Annual administration report of the Civil Veterinary Department of India - 1898-1899
Year: 1898
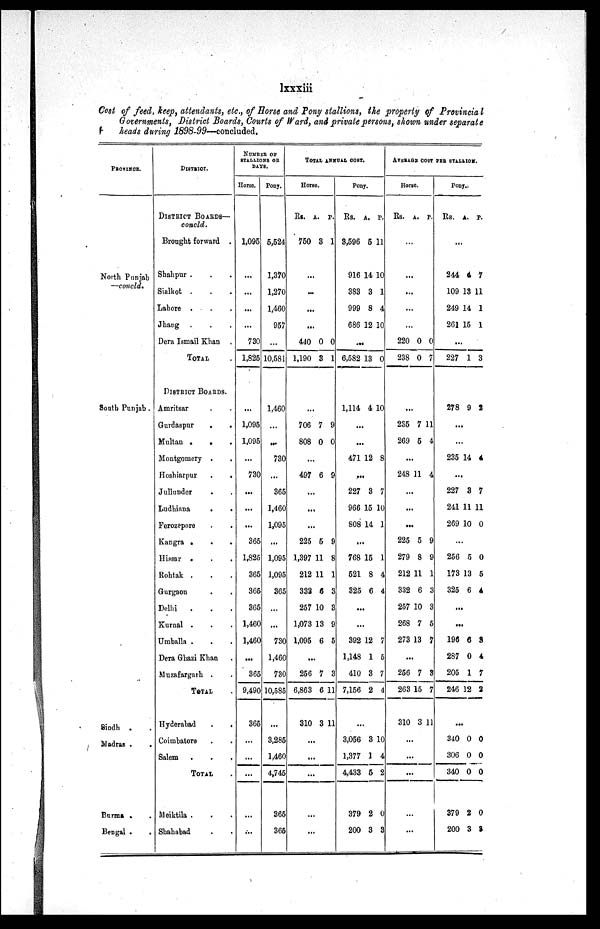
Ixxxiii
Cost of feed, keep, attendants, etc., of Horse and Pony stallions, the property of Provincial
Governments, District Boards, Courts of Ward, and private persons, shown under separate
heads during 1898-99—concluded.
PROVINCE.
North Punjab
—concld.
South Punjab.
Sindh . .
Madras . .
Burma . .
Bengal . .
DISTRICT.
DISTRICT BOARDS—
concld.
Brought forward .
Shahpur . . .
Sialkot . . .
Lahore . . .
Jhang . . .
Dera Ismail Khan .
TOTAL
DISTRICT BOARDS.
Amritsar . .
Gurdaspur
.
.
Multan .
. .
Montgomery . .
Hoshiarpur
.
.
Jullunder . .
Ludhiana
.
.
Ferozepore . .
Kangra . . .
Hissar
.
.
.
Rohtak . . .
Gurgaon . .
Delhi
. . .
Kurnal . . .
Umballa . . .
Dera Ghazi Khan .
Muzafargarh . .
TOTAL .
Hyderabad . .
Coimbatore . .
Salem . . .
TOTAL .
Meiktila . . .
Shahabad . .
NUMBER OF
STALLIONS OR
DAYS.
Horse.
1,095
...
...
...
...
730
1,825
...
1,095
1,095
...
730
...
...
...
365
1,825
365
365
365
1,460
1,460
...
365
9,490
365
...
...
...
...
...
Pony.
5,524
1,370
1,270
1,460
957
...
10,581
1,460
...
...
730
...
365
1,460
1,095
...
1,095
1,095
365
...
...
730
1,460
730
10,585
...
3,285
1,460
4,745
365
365
TOTAL ANNUAL COST.
Horse
Rs.
750
A.
3
P.
1
...
...
...
...
440
1,190
0
3
0
1
...
706
808
7
0
9
0
...
497 6 9
...
...
...
225
1,397
212
332
257
1,073
1,095
5
11
11
6
10
13
6
9
8
1
3
3
9
5
...
256
6,863
310
7
6
3
3
11
11
...
...
...
...
...
Pony
Rs.
3,596
916
383
999
686
A.
5
14
3
8
12
P.
11
10
1
4
10
...
6,582 13 0
1,114 4 10
...
...
471 12 8
...
227
966
808
3
15 1
14
7
0
1
...
768
521
325
15
8
6
1
4
4
...
...
392
1,148
410
7,156
12
1
3
2
7
5
7
4
...
3,056
1,377
4,433
379
200
3
1
5
2
3
10
4
2
0
3
AVERAGE COST PER STALLON.
Horse
Rs. A.
P.
...
...
...
...
...
220
238
0
0
0
7
...
235
269
7
5
11
4
...
248 11 4
...
...
...
225
279
212
332
257
268
273
5
8
11
6
10
7
13
9
9
1
3
3
5
7
...
256
263
310
7
15
3
3
7
11
...
...
...
...
...
Pony.
Rs.
A. P.
...
244
109
249
261
4
18
14
15
7
11
1
1
...
227 1 3
278 9 2
...
...
235 14 4
...
227
241
269
3
11
10
7
11
0
...
256
173
325
5
13
6
0
5
4
...
...
196
287
205
246
6
0
1
12
3
4
7
2
......
340
306
340
379
200
0
0
0
2
3
0
0
0
0
9